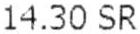
14.30 SR